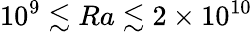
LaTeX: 10^{9}\lesssim Ra\lesssim 2\times 10^{10}